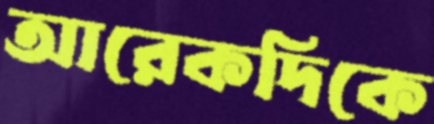
আরেকদিকে